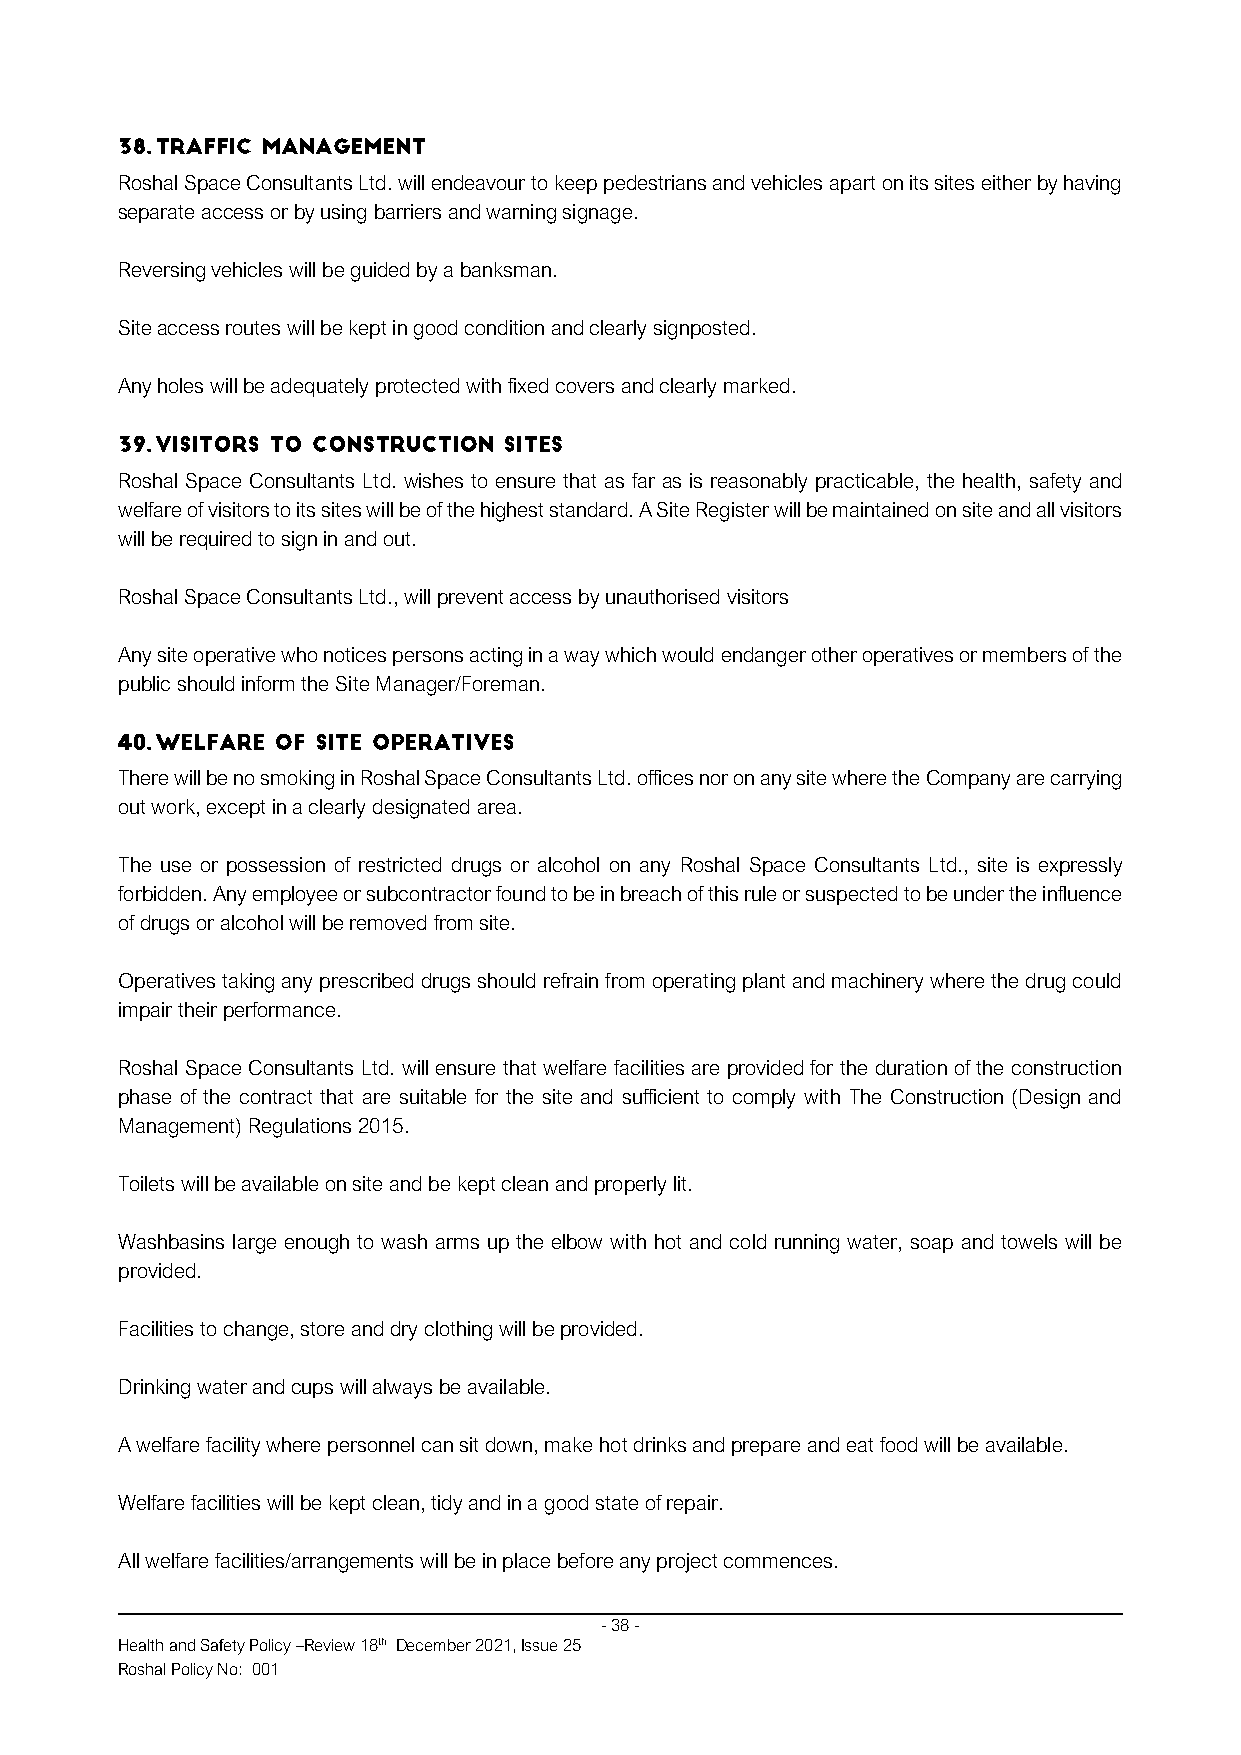
Roshal Space Consultants Ltd. will endeavour to keep pedestrians and vehicles apart on its sites either by having
 separate access or by using barriers and warning signage.
 Reversing vehicles will be guided by a banksman.
 Site access routes will be kept in good condition and clearly signposted.
 Any holes will be adequately protected with fixed covers and clearly marked.
 Roshal Space Consultants Ltd. wishes to ensure that as far as is reasonably practicable, the health, safety and
 welfare of visitors to its sites will be of the highest standard. A Site Register will be maintained on site and all visitors
 will be required to sign in and out.
 Roshal Space Consultants Ltd., will prevent access by unauthorised visitors
 Any site operative who notices persons acting in a way which would endanger other operatives or members of the
 public should inform the Site Manager/Foreman.
 There will be no smoking in Roshal Space Consultants Ltd. offices nor on any site where the Company are carrying
 out work, except in a clearly designated area.
 The use or possession of restricted drugs or alcohol on any Roshal Space Consultants Ltd., site is expressly
 forbidden. Any employee or subcontractor found to be in breach of this rule or suspected to be under the influence
 of drugs or alcohol will be removed from site.
 Operatives taking any prescribed drugs should refrain from operating plant and machinery where the drug could
 impair their performance.
 Roshal Space Consultants Ltd. will ensure that welfare facilities are provided for the duration of the construction
 phase of the contract that are suitable for the site and sufficient to comply with The Construction (Design and
 Management) Regulations 2015.
 Toilets will be available on site and be kept clean and properly lit.
 Washbasins large enough to wash arms up the elbow with hot and cold running water, soap and towels will be
 provided.
 Facilities to change, store and dry clothing will be provided.
 Drinking water and cups will always be available.
 A welfare facility where personnel can sit down, make hot drinks and prepare and eat food will be available.
 Welfare facilities will be kept clean, tidy and in a good state of repair.
 All welfare facilities/arrangements will be in place before any project commences.
 - 38 -
 Health and Safety Policy –Review 18th December 2021, Issue 25
 Roshal Policy No: 001